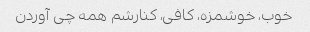
خوب، خوشمزه، کافی، کنارشم همه چی آوردن